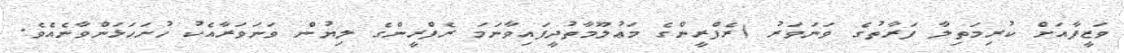
ވަޒީފާއަށް ކުރިމަތިލާ ފަރާތުގެ ވަނަވަރު (ރެފްރީންގެ މަޢުލޫމާތުދީފައިވާނަމަ ރެފްރީންގެ ލިޔުން ވަނަވަރާއެކު ހުށަހަޅަންވާނެއެވެ.